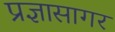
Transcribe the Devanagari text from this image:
प्रज्ञासागर